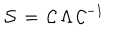
{ \cal S } \, = \, { \cal C } \, \Lambda \, { \cal C } ^ { - 1 }